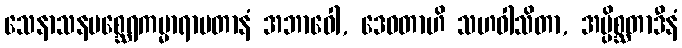
သေနာသနမစ္ဆေရကမ္မာရာမတာနံ အဘာဝေါ, ဒေဝတာဟိ သဟဝါသိတာ, အပ္ပိစ္ဆတာဒီနံ